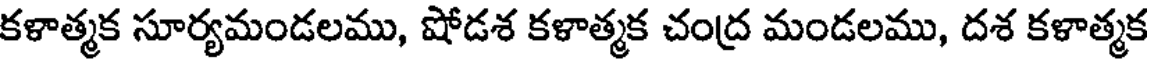
కళాత్మక సూర్యమండలము, షోడశ కళాత్మక చంద్ర మండలము, దశ కళాత్మక